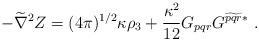
LaTeX: \begin{align*}- \widetilde\nabla^2 Z = (4\pi)^{1/2} \kappa \rho_3 + \frac{\kappa^2}{12}G_{pqr} G^{\widetilde{pqr}*} \ .\end{align*}